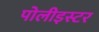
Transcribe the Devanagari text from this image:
पोलीइस्टर